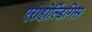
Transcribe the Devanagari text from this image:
एरोहोल्डिंगिस